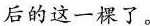
后的这一棵了。